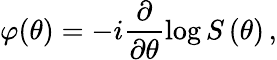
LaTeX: \varphi(\theta)=-i\frac{\partial}{\partial\theta}\log S\left(\theta\right)\, ,